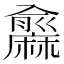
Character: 𪎨